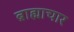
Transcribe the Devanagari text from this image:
ब्राह्माचार